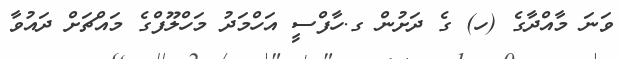
ވަނަ މާއްދާގެ (ހ) ގެ ދަށުން ގ.ހާފްސީ އަހްމަދު މަހްލޫފްގެ މައްޗަށް ދައުވާ